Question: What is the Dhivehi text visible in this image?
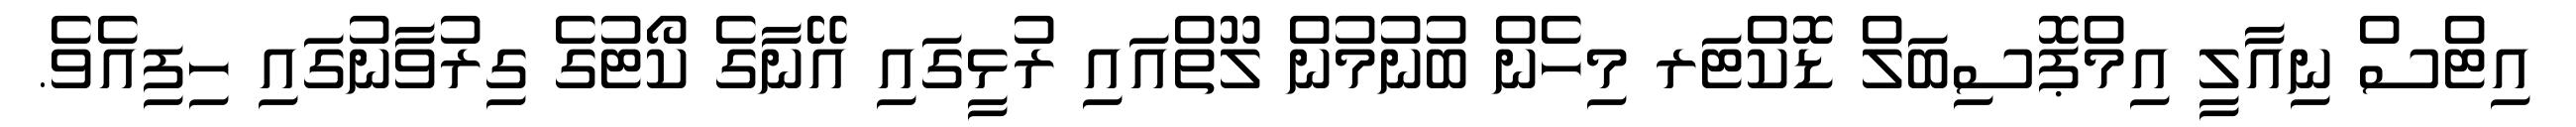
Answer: އިޓްސް ނިއާލީ އިމްޕޮސިބަލް ޑޮކްޓަރ މިހެން ބުނުމުން ލޫތްއައި ރުޅީގައި އޭނާގެ ކޯޓުގެ ގިރުވާނުގައި ހިފިއެވެ.